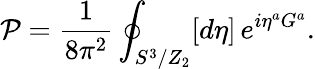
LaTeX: {\cal P}=\frac{1}{8\pi^{2}}\oint_{S^{3}/Z_{2}}[d\eta]\, e^{i\eta^{a}G^{a}}.